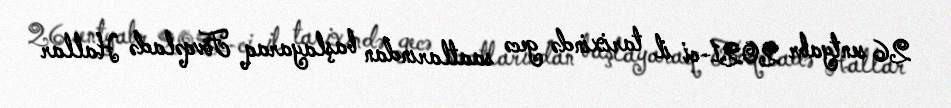
26 sentyabr 2021-ci il tarixində gecə saatlarından başlayaraq Fövqəladə Hallar